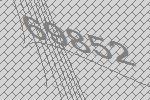
69852